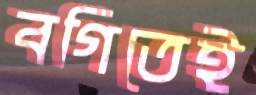
বগিতেই